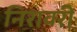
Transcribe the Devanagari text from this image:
निरावरी